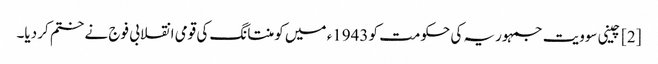
[2] چینی سوویت جمہوریہ کی حکومت کو 1943ء میں کومنتانگ کی قومی انقلابی فوج نے ختم کر دیا۔